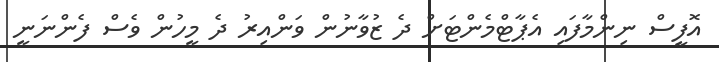
އޮފީސް ނިންމާފައި އެޕާޓްމެންޓަށް ދެ ޒުވާނުން ވަންއިރު ދެ މީހުން ވެސް ފެންނަނީ